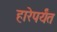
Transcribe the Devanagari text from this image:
हारेपर्यंत